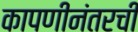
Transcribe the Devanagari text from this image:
कापणीनंतरची